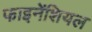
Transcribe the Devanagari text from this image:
फाइनेंशियल